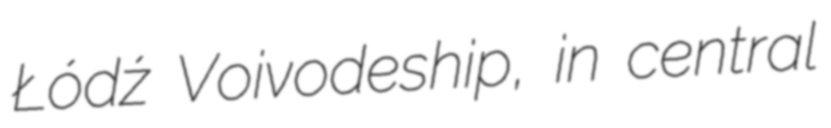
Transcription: Łódź Voivodeship, in central